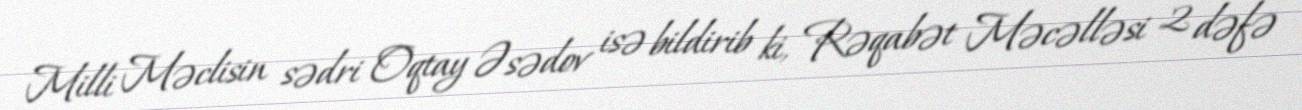
Milli Məclisin sədri Oqtay Əsədov isə bildirib ki, Rəqabət Məcəlləsi 2 dəfə